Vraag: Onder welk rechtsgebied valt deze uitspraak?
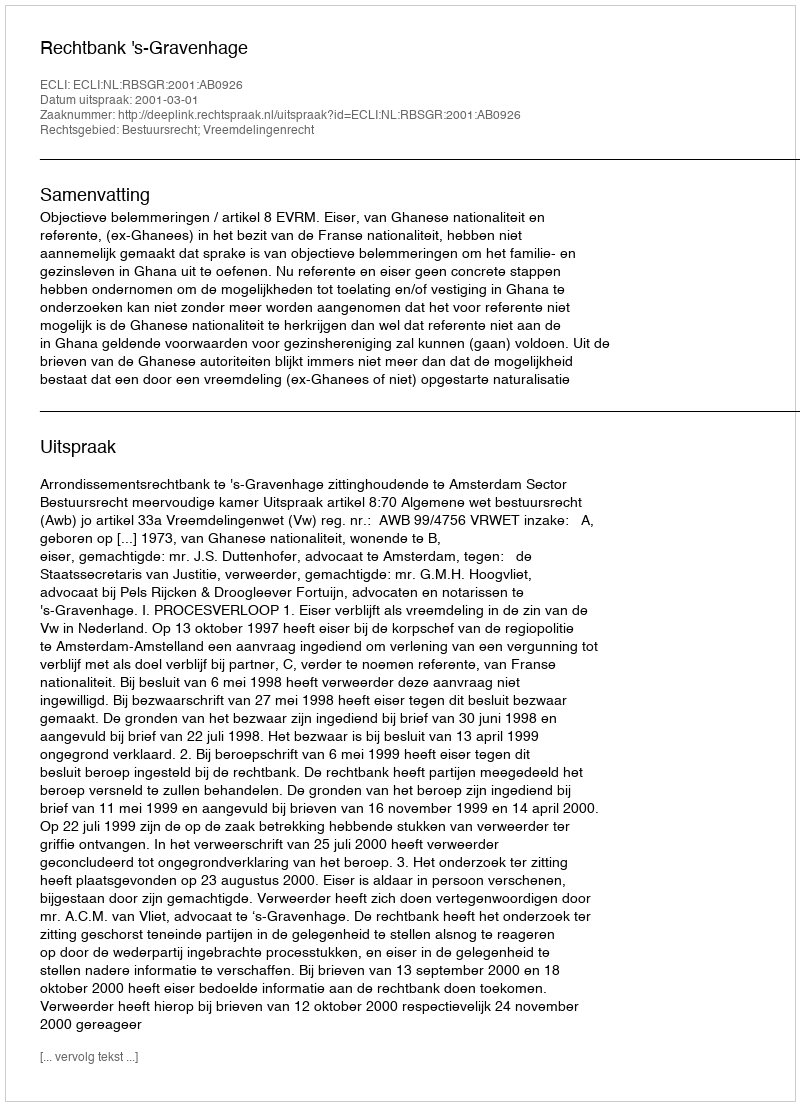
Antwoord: Bestuursrecht; Vreemdelingenrecht